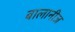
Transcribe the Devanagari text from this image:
बालानीज